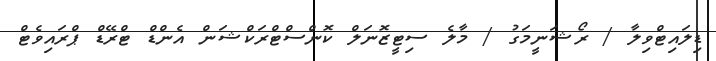
ޑިލައިޓްވިލާ / ރޯޝަނީމަގު / މާލެ ސިޓީޒޮނަލް ކޮންސްޓްރަކްޝަން އެންޑް ޓްރޭޑް ޕްރައިވެޓް